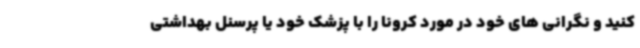
کنید و نگرانی های خود در مورد کرونا را با پزشک خود یا پرسنل بهداشتی